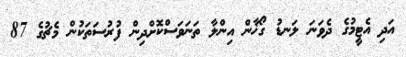
އަދި އެޓީމުގެ ދެވަނަ ލަނޑު ގޯޚާން އިންލާ ތަނަވަސްކޮށްދިން ފުރުސަތަކުން މެޗުގެ 87